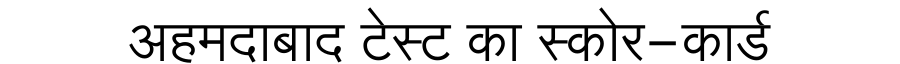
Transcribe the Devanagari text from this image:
अहमदाबाद टेस्ट का स्कोर-कार्ड